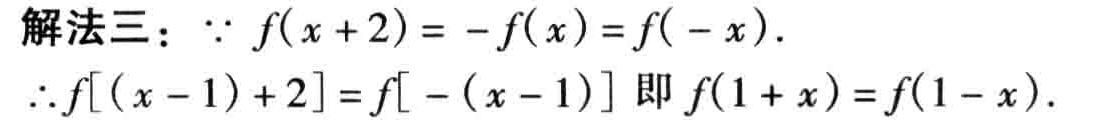
解法三：\(\because f(x + 2)= - f(x)=f( - x)\).

\(\therefore f[(x - 1)+2]=f[ - (x - 1)]\) 即 \(f(1 + x)=f(1 - x)\).